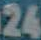
24